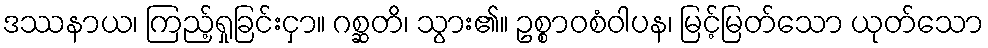
ဒဿနာယ၊ ကြည့်ရှုခြင်းငှာ။ ဂစ္ဆတိ၊ သွား၏။ ဥစ္စာဝစံဝါပန၊ မြင့်မြတ်သော ယုတ်သော